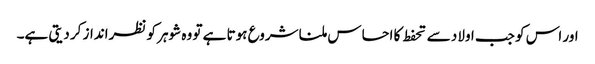
اور اس کو جب اولاد سے تحفط کا احساس ملنا شروع ہوتا ہے تو وہ شوہر کو نظرانداز کر دیتی ہے۔